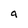
Character: a